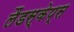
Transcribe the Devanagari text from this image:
लैंडस्केप्स